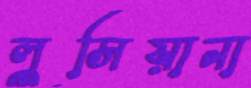
লুসিয়ানা